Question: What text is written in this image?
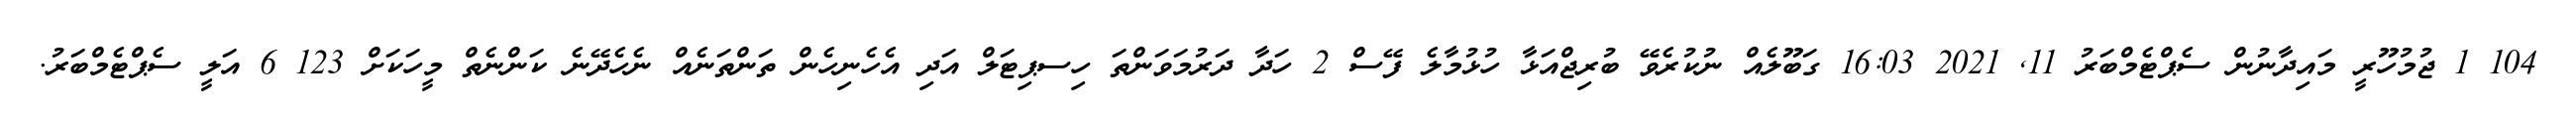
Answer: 104 1 ޖުމުހޫރީ މައިދާނުން ސެޕްޓެމްބަރު 11, 2021 16:03 ގަބޫލެއް ނުކުރެވޭ ބުރިޖްއަޅާ ހުޅުމާލެ ފޭސް 2 ހަދާ ދަރުމަވަންތަ ހިސޕިޓަލް އަދި އެހެނިހެން ތަންތަނެއް ނެހެދޭނެ ކަންނެތް މީހަކަށް 123 6 އަލީ ސެޕްޓެމްބަރު.